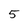
Character: 5